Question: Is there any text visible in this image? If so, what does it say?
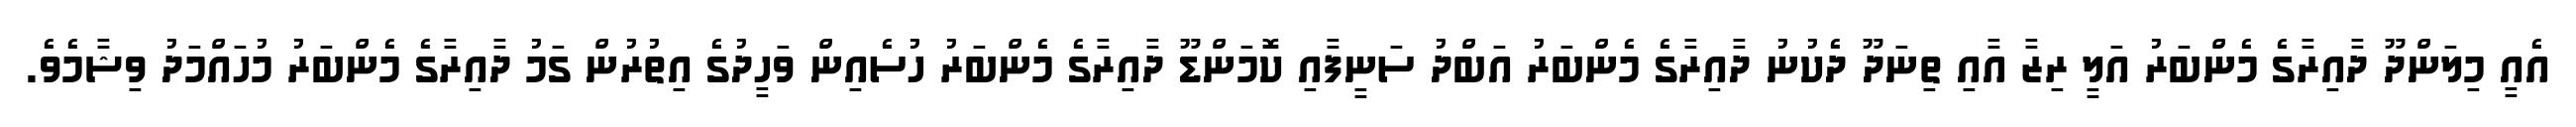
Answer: އެއީ މިލަންދޫ ދާއިރާގެ މެންބަރު އަލީ ރިޒާ އާއި ތިނަދޫ ދެކުނު ދާއިރާގެ މެންބަރު އަބްދު ސަނީފާއި ކޮމަންޑޫ ދާއިރާގެ މެންބަރު ހުސެއިން ވަހީދުގެ އިތުރުން ގަމު ދާއިރާގެ މެންބަރު މުހައްމަދު ވިޝާމެވެ.